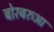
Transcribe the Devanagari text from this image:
बोरबरुआ